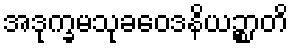
အဒုက္ခမသုခဝေဒနိယဉ္စာတိ